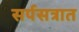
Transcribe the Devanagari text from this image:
सर्पसत्रात